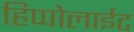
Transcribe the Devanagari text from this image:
हिप्पोलाईट